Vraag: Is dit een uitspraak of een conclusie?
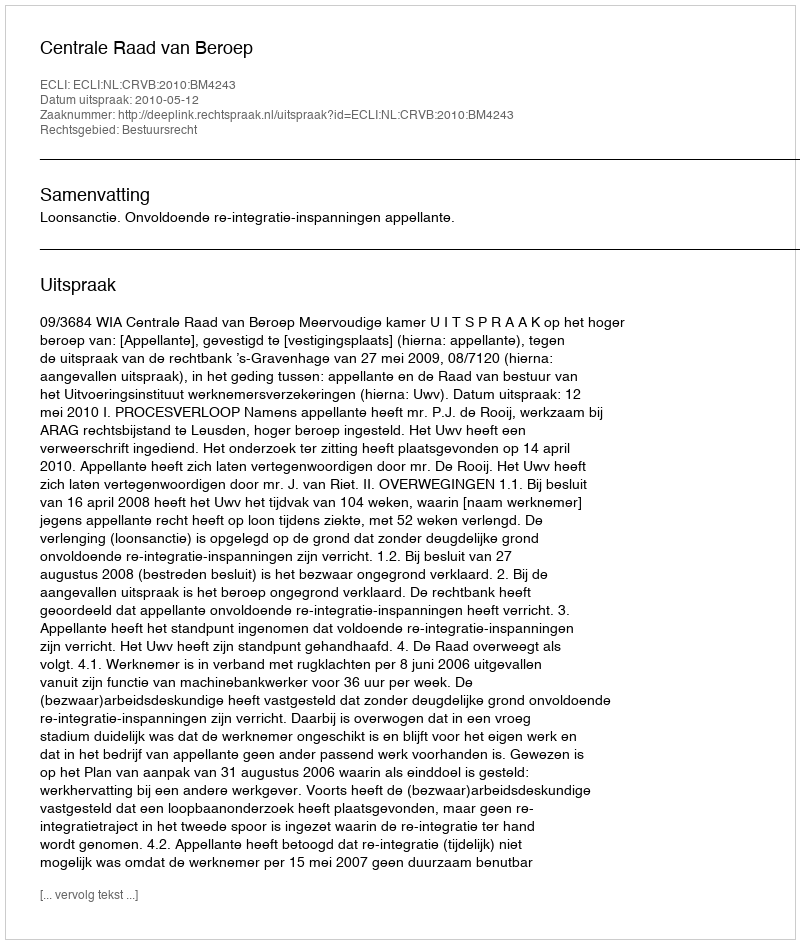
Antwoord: Uitspraak